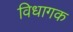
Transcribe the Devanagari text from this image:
विधागक